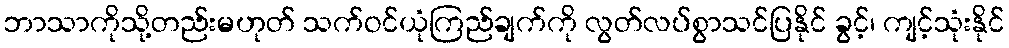
ဘာသာကိုသို့တည်းမဟုတ် သက်ဝင်ယုံကြည်ချက်ကို လွတ်လပ်စွာသင်ပြနိုင် ခွင့်၊ ကျင့်သုံးနိုင်